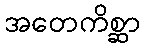
အတေကိစ္ဆာ